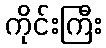
ကိုင်းကြီး